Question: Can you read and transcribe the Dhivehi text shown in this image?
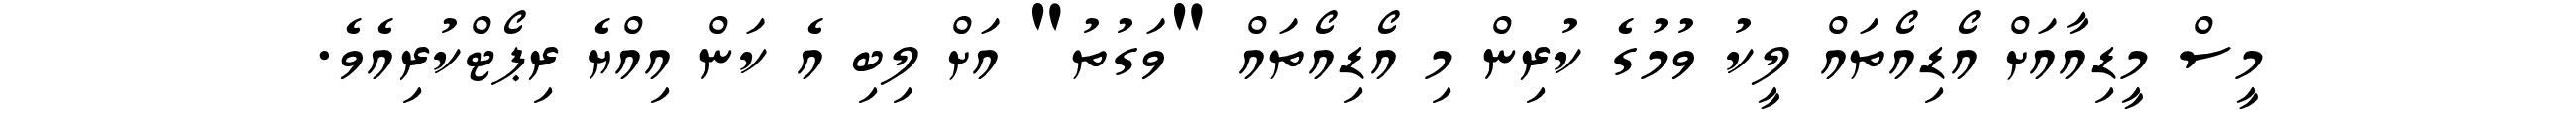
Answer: މީސް މީޑިއާއަށް އޯޑިއޯތައް ލީކު ވުމުގެ ކުރިން މި އޯޑިއޯތައް "ވަގުތު" އަށް ލިބި އެ ކަން އިއްޔެ ރިޕޯޓްކުރިއެވެ.